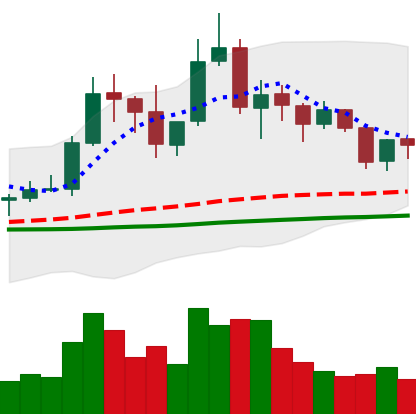
Ticker: TRX-USD
Chart end date: 2019-06-11
Forward return: 5.487%
Label: up_5_7